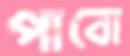
পাবো